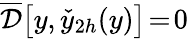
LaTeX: \overline{{\cal D}}\big[y,\check{y}_{2h}(y)\big]\! =\! 0